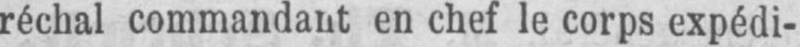
réchal commandant en chef le corps expédi-